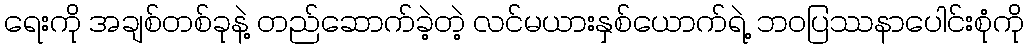
ရေးကို အချစ်တစ်ခုနဲ့ တည်ဆောက်ခဲ့တဲ့ လင်မယားနှစ်ယောက်ရဲ့ ဘဝပြဿနာပေါင်းစုံကို